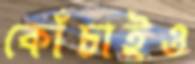
কোঁচাইও